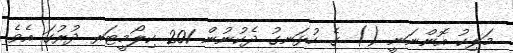
މަލިކު އޮންނަނީ () ގެ ހުޅަނގު ދެކުނުން 201 ކިލޯމީޓަރ ދުރުގަ އެވެ.